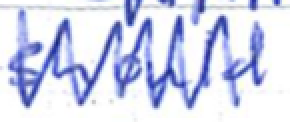
Text: should
Cross-out: mix
Writing tool: ballpoint